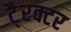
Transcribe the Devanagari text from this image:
टै्रक्टर